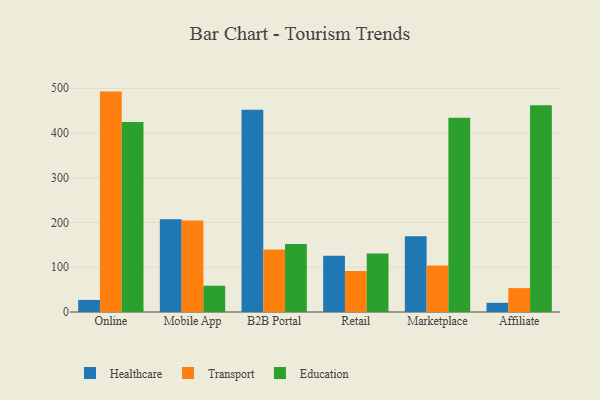
{"axis": {"x": "Channel", "y": "Market Share (%)"}, "legend": ["Education", "Healthcare", "Transport"], "data": [{"x": "Online", "y": 27.0, "type": "Healthcare"}, {"x": "Online", "y": 492.6, "type": "Transport"}, {"x": "Online", "y": 424.6, "type": "Education"}, {"x": "Mobile App", "y": 207.2, "type": "Healthcare"}, {"x": "Mobile App", "y": 204.5, "type": "Transport"}, {"x": "Mobile App", "y": 58.7, "type": "Education"}, {"x": "B2B Portal", "y": 452.2, "type": "Healthcare"}, {"x": "B2B Portal", "y": 139.8, "type": "Transport"}, {"x": "B2B Portal", "y": 152.1, "type": "Education"}, {"x": "Retail", "y": 125.8, "type": "Healthcare"}, {"x": "Retail", "y": 91.7, "type": "Transport"}, {"x": "Retail", "y": 130.7, "type": "Education"}, {"x": "Marketplace", "y": 169.3, "type": "Healthcare"}, {"x": "Marketplace", "y": 103.8, "type": "Transport"}, {"x": "Marketplace", "y": 433.9, "type": "Education"}, {"x": "Affiliate", "y": 20.5, "type": "Healthcare"}, {"x": "Affiliate", "y": 53.4, "type": "Transport"}, {"x": "Affiliate", "y": 462.3, "type": "Education"}]}